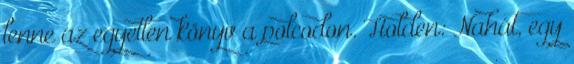
lenne az egyetlen könyv a polcodon. Holden: Nahát, egy